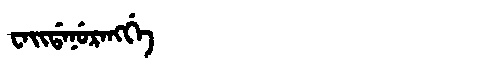
Manchu: ᠸᠠᡳᡩᠠᠨᡠᡵᠠᠩᡤᡝ
Romanization: WAIDANURANGGE